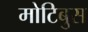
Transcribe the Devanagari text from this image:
मोटिबुस